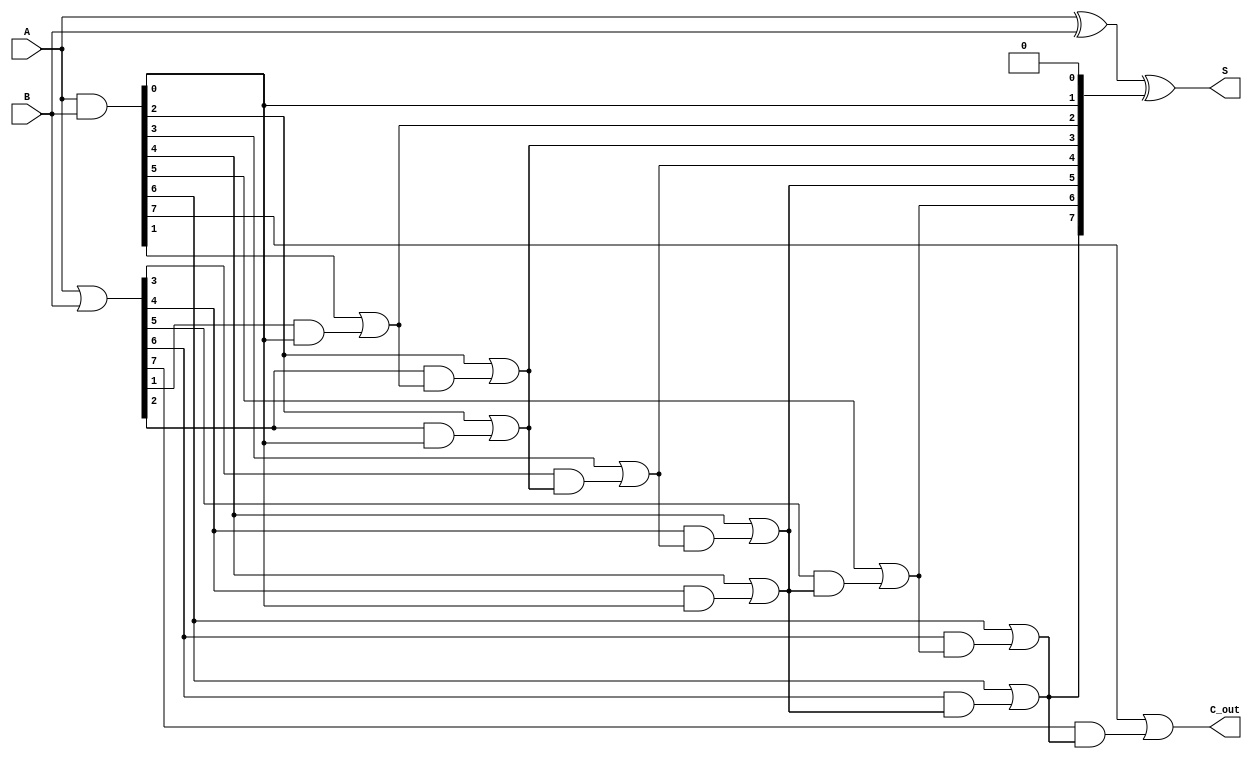
module brent_kung_adder #(parameter N = 8) (
    input  [N-1:0] A,
    input  [N-1:0] B,
    output [N-1:0] S,
    output         C_out
);

    // Generate and Propagate signals
    wire [N-1:0] G; // Generate
    wire [N-1:0] P; // Propagate
    wire [N:0] C;   // Carry

    // Generate and Propagate calculations
    assign G = A & B;
    assign P = A | B;

    // Initial carry input
    assign C[0] = 1'b0;

    // Carry computation using Brent-Kung method
    genvar i, j, k;
    generate
        // First stage: Local carries
        for (i = 0; i < N; i = i + 1) begin : local_carries
            assign C[i+1] = G[i] | (P[i] & C[i]);
        end

        // Hierarchical carry computation
        for (i = 1; i < N; i = i * 2) begin : hierarchical_carries
            for (j = 0; j < N; j = j + (i * 2)) begin : carry_pairs
                if (j + i < N) begin
                    assign C[j + i + 1] = G[j + i] | (P[j + i] & C[j + 1]);
                end
            end
        end
    endgenerate

    // Sum calculation
    assign S = A ^ B ^ C[N-1:0];
    assign C_out = C[N];

endmodule